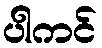
ပါကင်